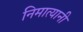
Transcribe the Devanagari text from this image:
निमात्यानी